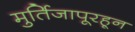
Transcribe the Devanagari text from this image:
मुर्तिजापूरहून